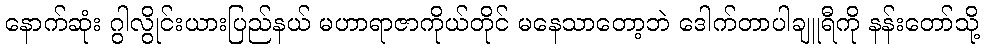
နောက်ဆုံး ဂွါလွိုင်းယားပြည်နယ် မဟာရာဇာကိုယ်တိုင် မနေသာတော့ဘဲ ဒေါက်တာပါချူရီကို နန်းတော်သို့